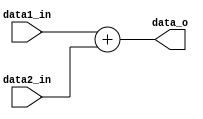
module Adder
(
    data1_in,
    data2_in,
    data_o
);

input [31:0] data1_in;
input [31:0] data2_in;
output wire [31:0] data_o;

assign data_o = data1_in + data2_in;

endmodule